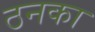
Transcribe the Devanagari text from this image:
ठनका